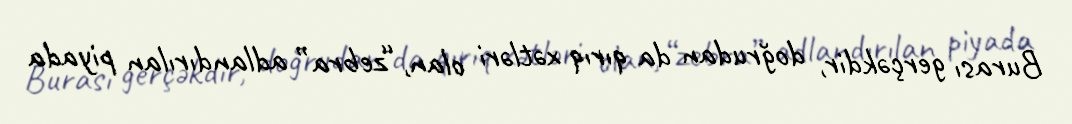
Burası gerçəkdir, doğrudan da qırıq xətləri olan, “zebra” adlandırılan piyada